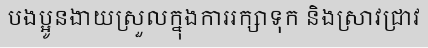
បងប្អូនងាយស្រួលក្នុងការរក្សាទុក និងស្រាវជ្រាវ